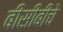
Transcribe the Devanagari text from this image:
बीसीबीचे